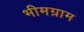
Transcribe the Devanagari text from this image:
भीमग्राम